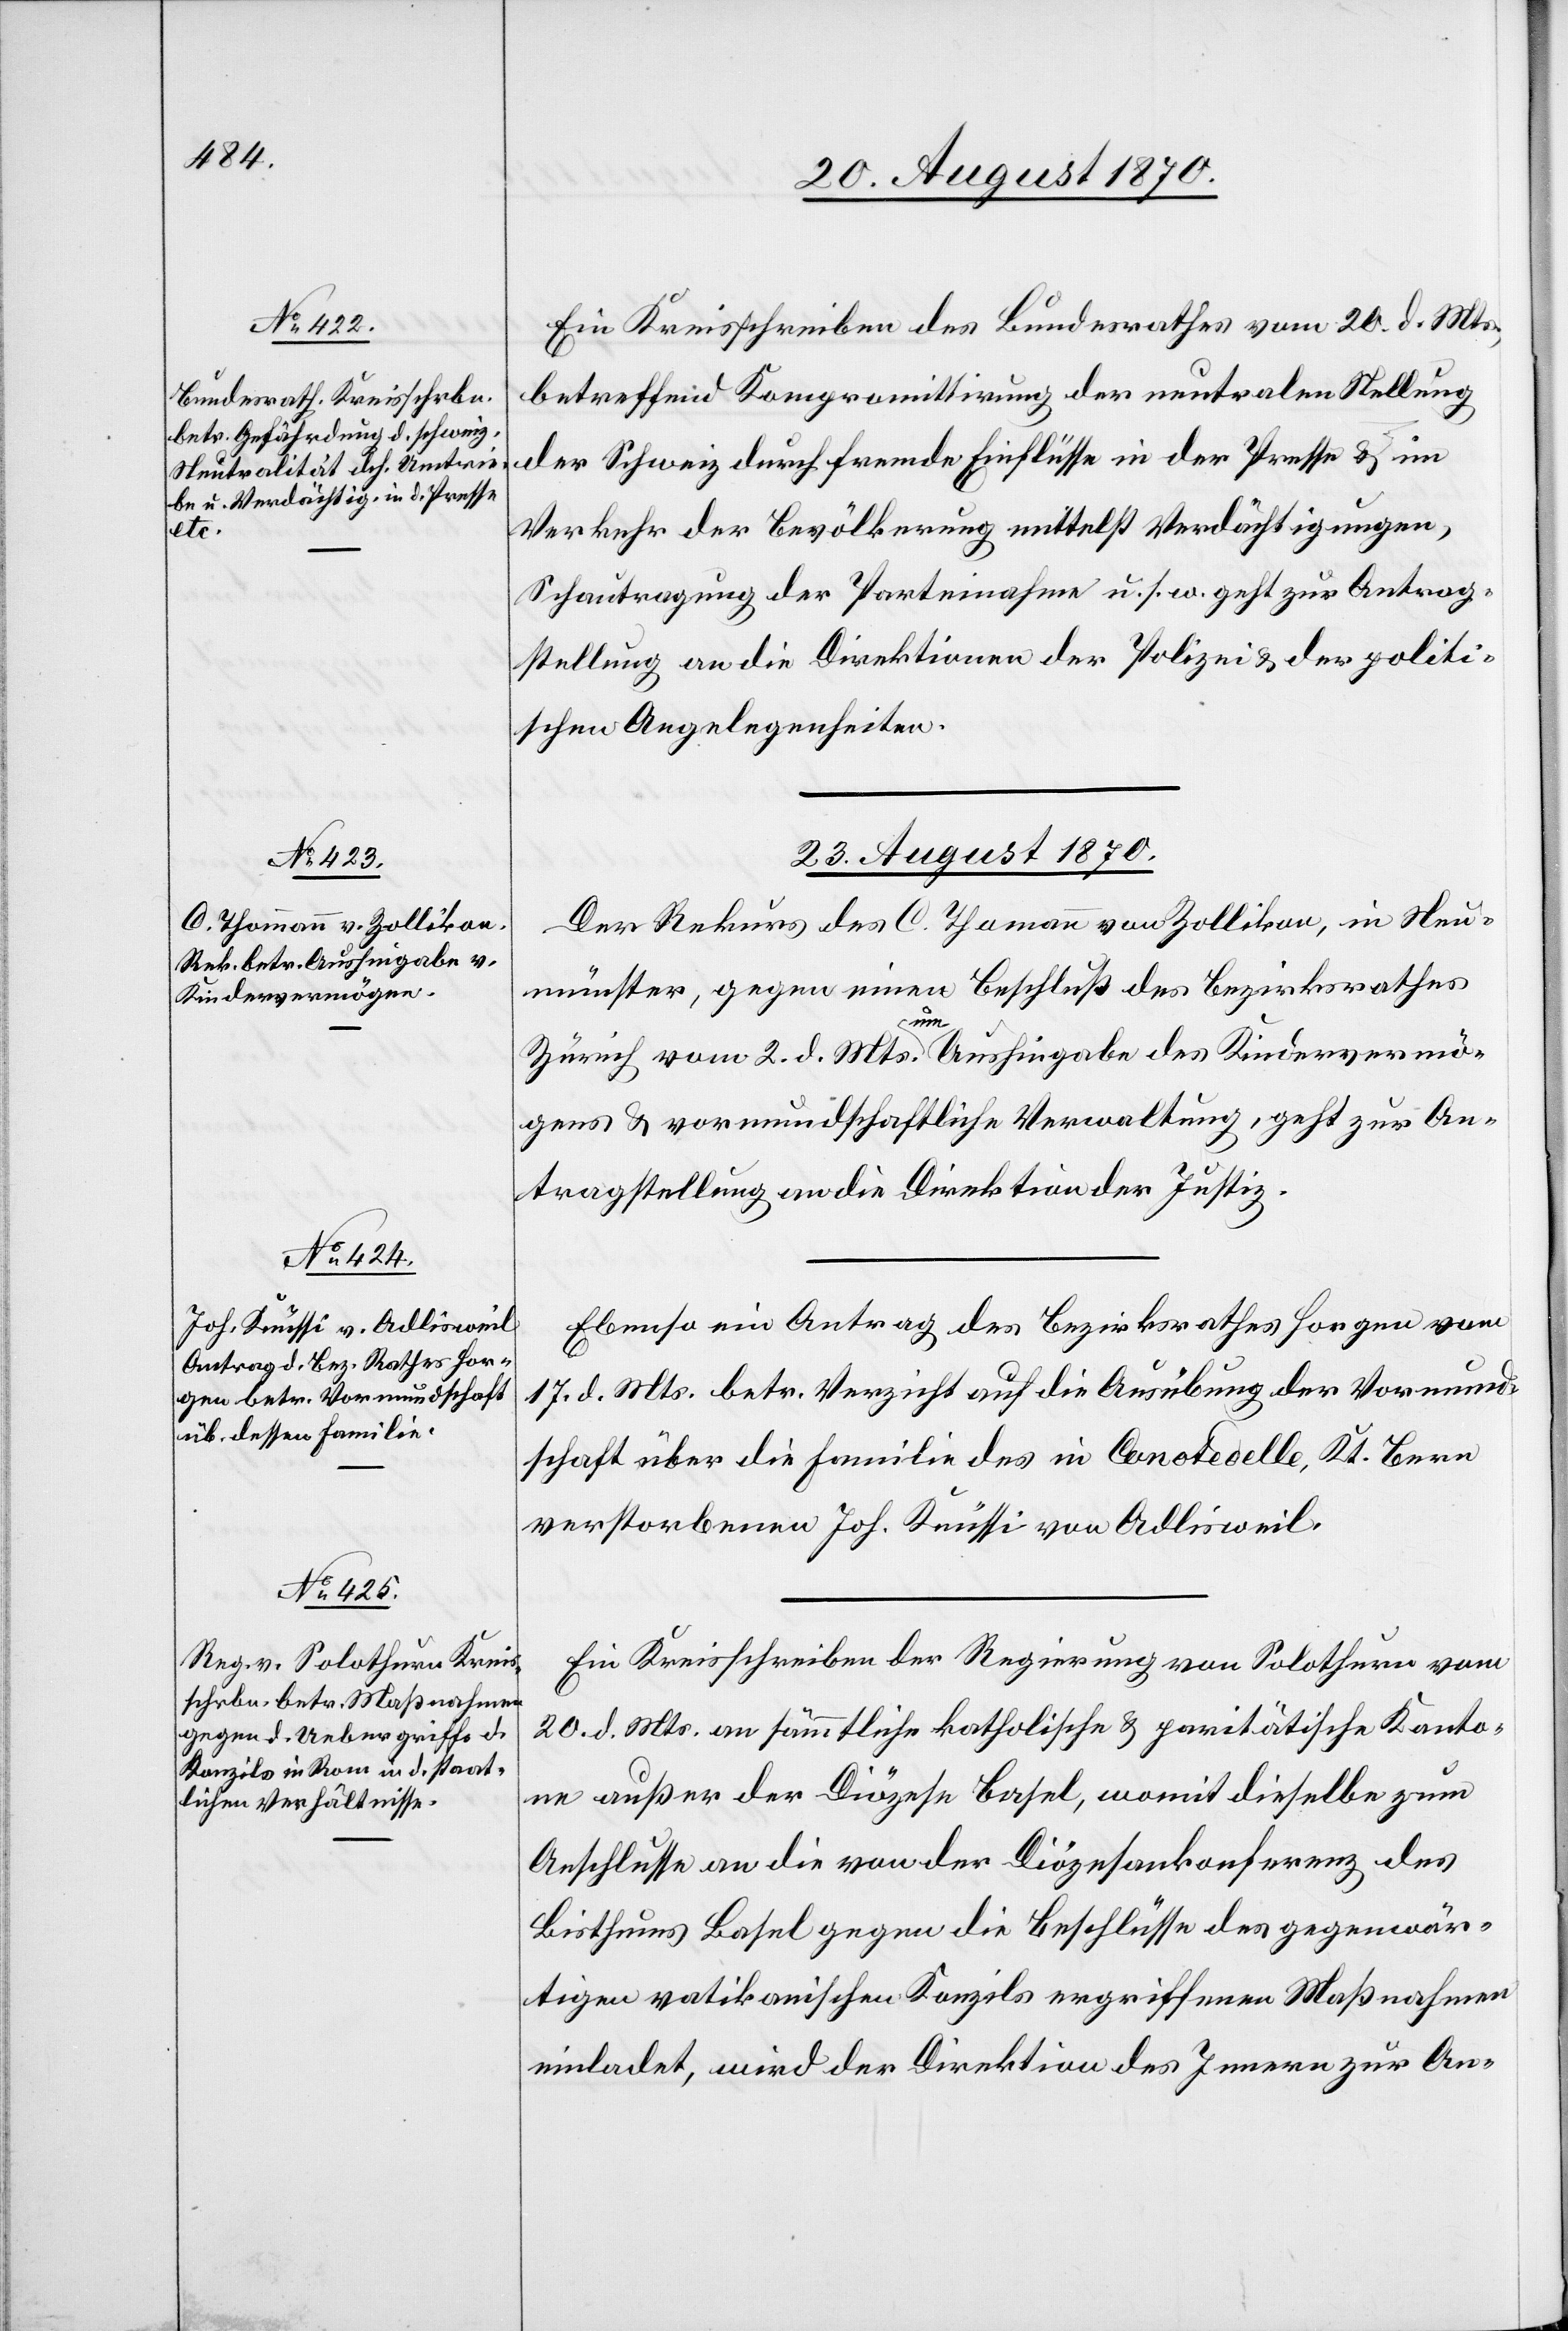
Kt.

Ein Kreisschreiben des Bundesrathes vom 20. d. Mts.,
betreffend Kompromittirung der neutralen Stellung
der Schweiz durch französische Einflüsse in der Presse & im
Verkehr der Bevölkerung mittelst Verdächtigungen,
Schautragung der Parteinahme u. s. w. geht zur Antrag¬
stellung an die Direktionen der Polizei & der politi¬
schen Angelegenheiten.
23. August 1870.]
Der Rekurs des C. Thommann von Zollikon, in Neu¬
münster, gegen einen Beschluß des Bezirksrathes
Zürich vom 2. d. Mts. um Aushingabe des Kindervermö¬
gens & vormundschaftliche Verwaltung, geht zur An¬
tragstellung an die Direktion der Justiz.
Ebenso ein Antrag des Bezirksrathes Horgen vom
17. d. Mts. betr. Verzicht auf die Ausübung der Vormund¬
schaft über die Familie des in Canotedelle [recte:
verstorbenen Joh. Knüssi von Adlisweil.
Ein Kreisschreiben der Regierung von Solothurn vom
20. d. Mts. an sämmtliche katholische & paritätische Kanto¬
ne außer der Diözese Basel, womit dieselbe zum
Anschlusse an die von der Diözesankonferenz des
Bisthums Basel gegen die Beschlüsse des gegenwär¬
tigen vatikanischen Konzils ergriffenen Maßnahmen
einladet, wird der Direktion des Innern zur An-